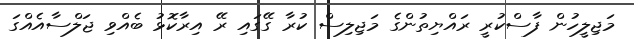
މަޖިލީހުން ފާސްކުރީ ރައްޔިތުންގެ މަޖިލިސް ކުރާ ގޭގައި ރޭ އިރާކޮޅު ބެއްވި ޖަލްސާއެއްގަ